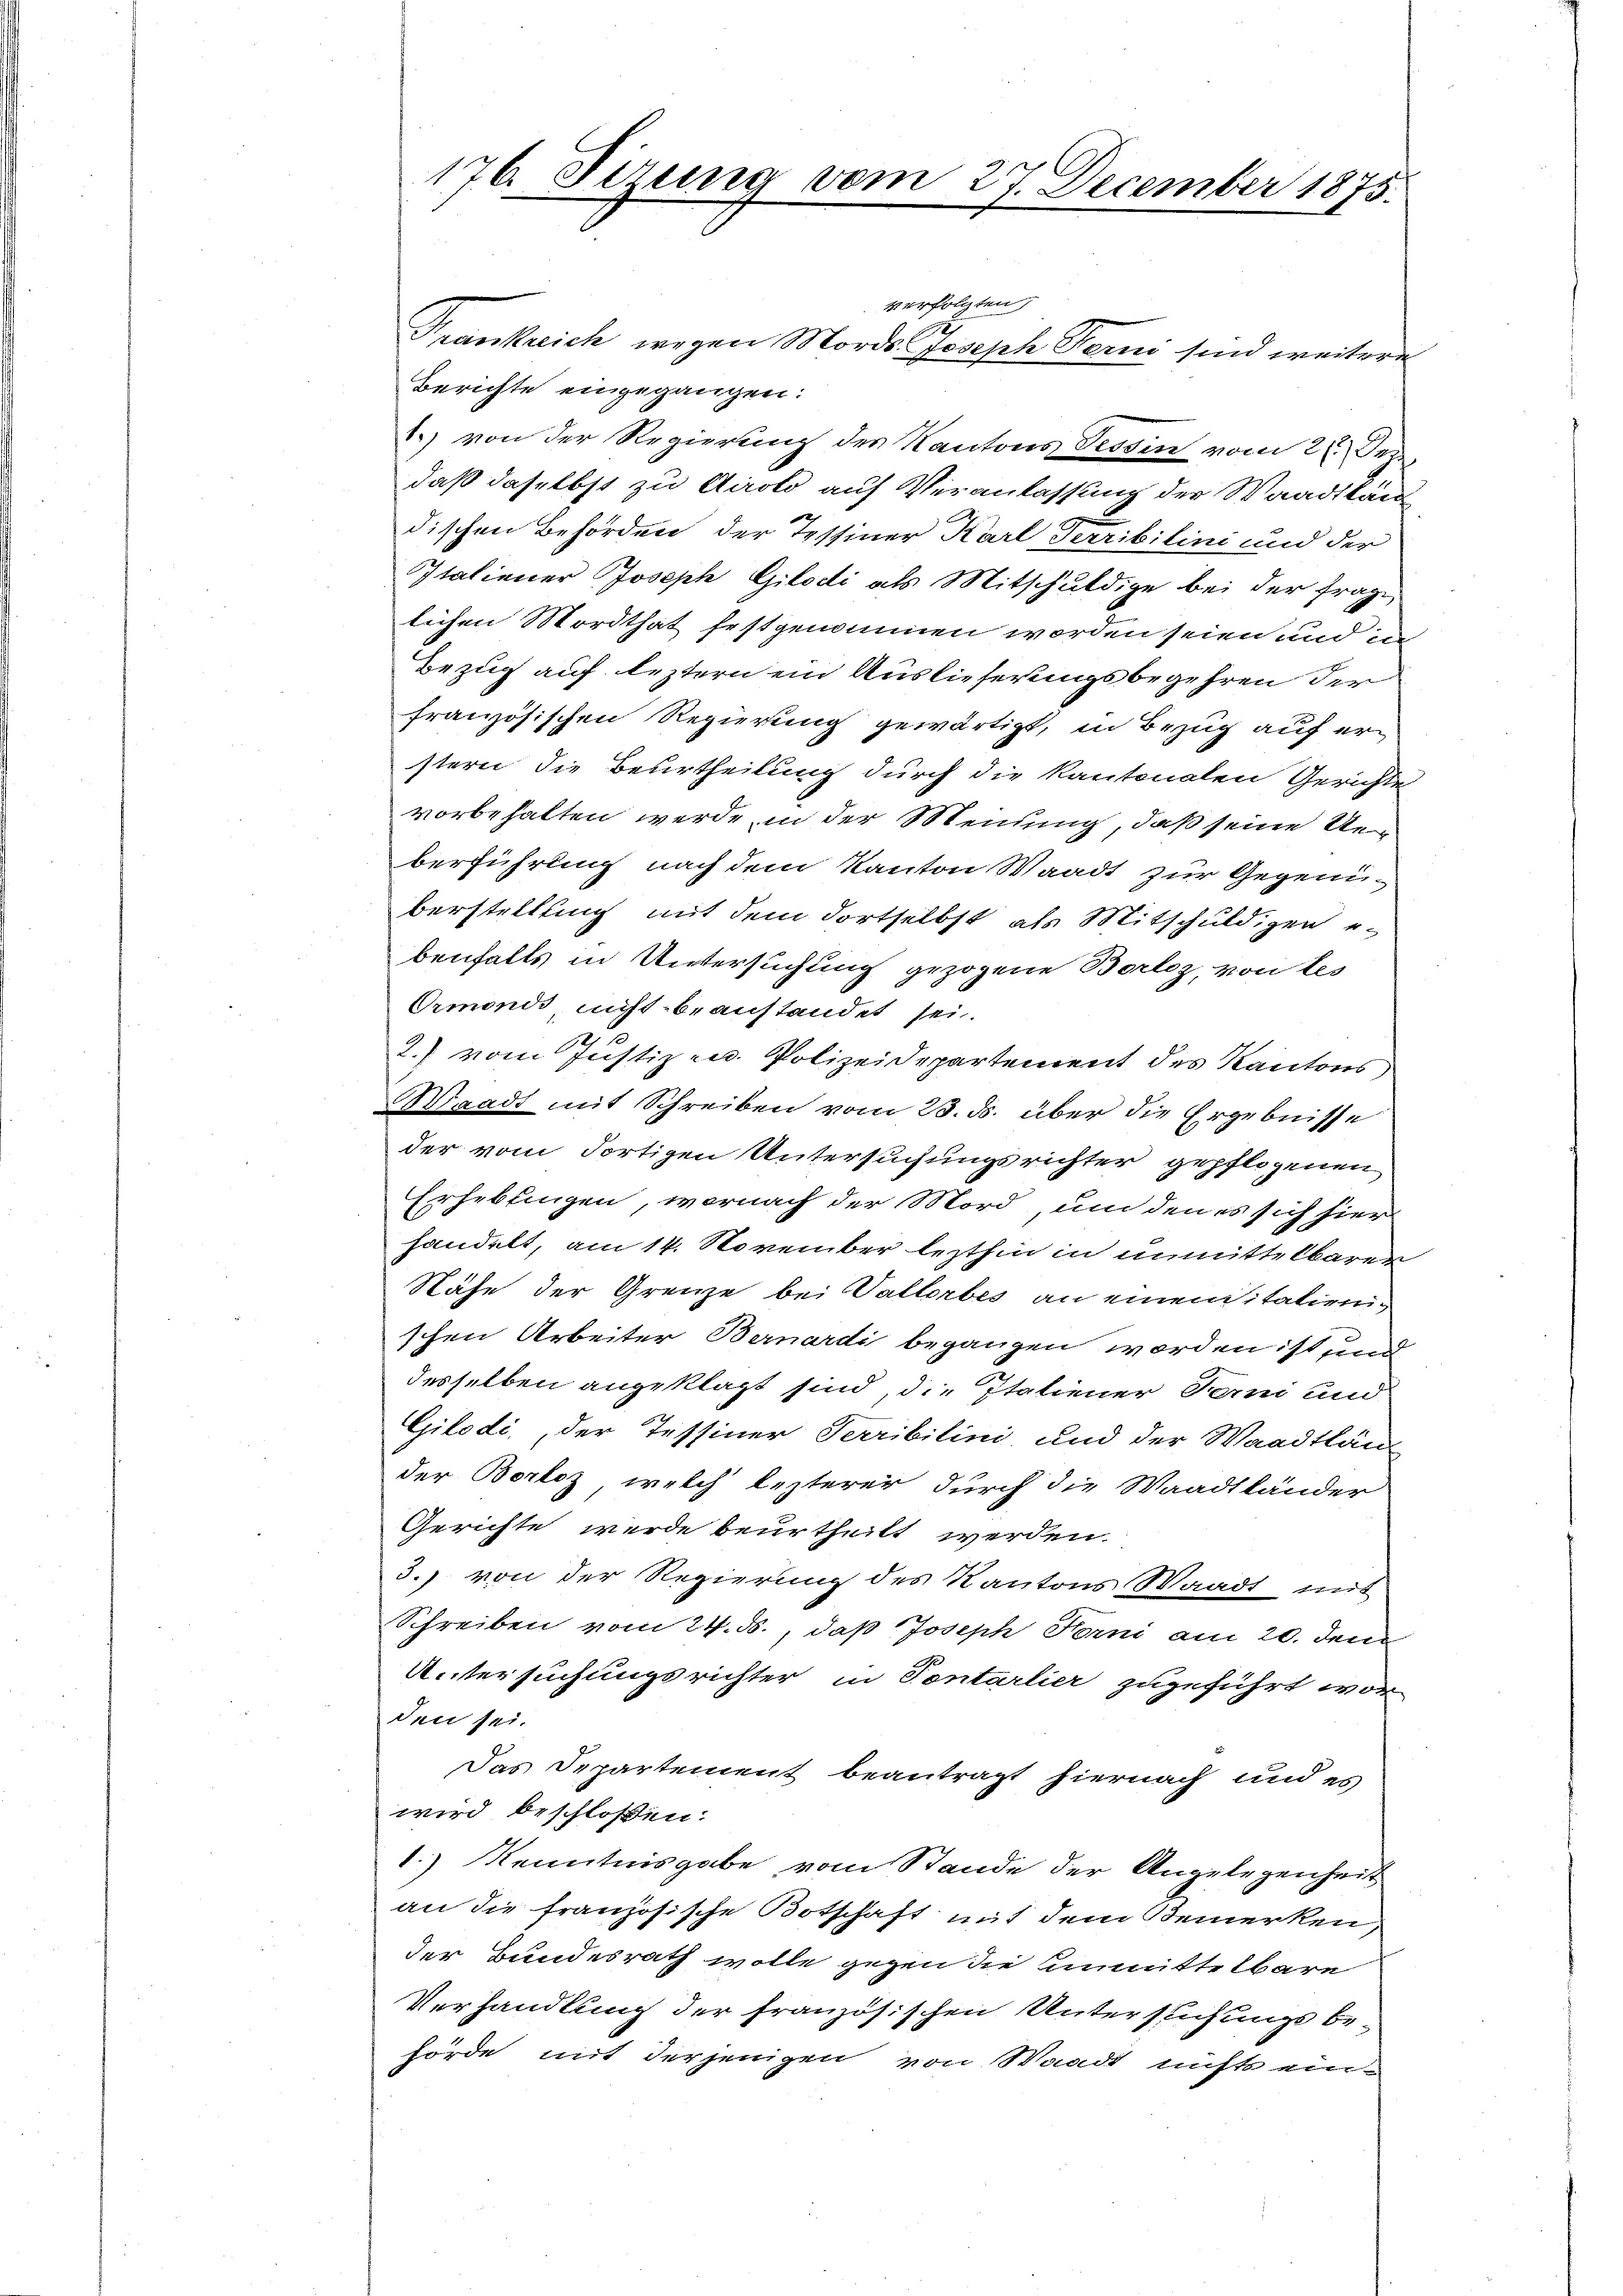
176 Firung vom 27. December 1875.

verfolgten,
Frankreich wegen Mords Joseph Ferni sind weitere
Berichte eingegangen:
1.) von der Regierung des Kantons Tessin vom 21. Dez.
daß daselbst zu Airolo auf Veranlassung der Waadtkan
dischen Behörden der Tessiner Karl Terribilini und der
Italiener Joseph Gilodi als Mitschuldige bei der Frage
lichen Mordthat festgenommen worden seien und in
Bezug auf leztern ein Auslieferungsbegehren der
französischen Regierung gewärtigt, in Bezug auf er-
stern die Beurtheilung durch die kantonalen Gerichte
vorbehalten werde, in der Mendung, daß seine Unberführung nach dem Kanton Waadt zur Gegenüberstellung mit dem Fortselbst als Mitschuldigen e
benfalls in Untersuchung gezogene Borlez, von tes
Ormondi nicht beanstandet sei.
2
2. vom Justiz- u. Polizeidepartement des Kantons
Waadt mit Schreiben vom 23. ds. über die Ergebnisse
der vom dortigen Untersuchungsrichter gepflogenen
Erheblingen, wornach der Mord, um den es sich hier
handelt, am 14. November lezthin in unmittelbarer
Nähe der Grenze bei Vallerbes an einen italienischen Arbeiter Bernardi begangen worden ist und
desselben angeklagt sind, die Italiener Forni und
Gilodi, der Tessiner Terribilini und der Waadtlän
der Borloz, welch lezterer durch die Waadtländer
Gerichte werde beurtheilt werden.
3.) von der Regierung des Kantons Waadt mit
Schreiben vom 24. ds., daß Joseph Forni am 20. Deni
Untersuchungsrichter in Tentarlier zugeführt wor
den sei.
Das Departement beantragt hiernach und es
wird beschloßen:
1.) Kenntnisgabe vom Stande der Angelegenheit
an die französische Botschaft mit dem Bemerken,
der Bundesrath wolle gegen die Unmittelbare
Verhandlung der französischen Untersuchungsbehörde mit derjenigen von Waadt nichts ein¬